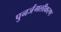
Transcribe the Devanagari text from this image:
पुनर्जंगलीकरण